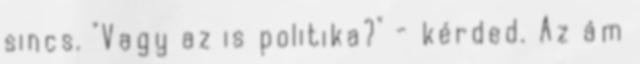
sincs. "Vagy az is politika?" - kérded. Az ám